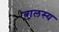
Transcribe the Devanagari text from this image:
बालस्य